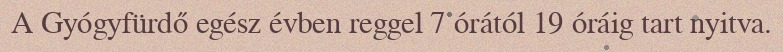
A Gyógyfürdő egész évben reggel 7 órától 19 óráig tart nyitva.